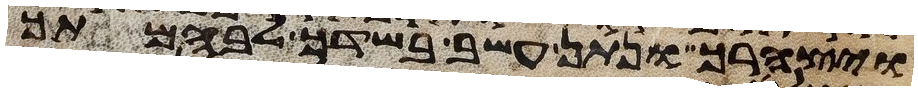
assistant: ויצהרך ונתן עשב בשדך לבהמתך